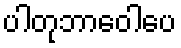
ပါတုဘာဝေါပေ